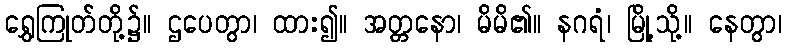
ရွှေကြုတ်တို့၌။ ဌပေတွာ၊ ထား၍။ အတ္တနော၊ မိမိ၏။ နဂရံ၊ မြို့သို့။ နေတွာ၊